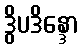
ဒွိပဒိန္ဒော